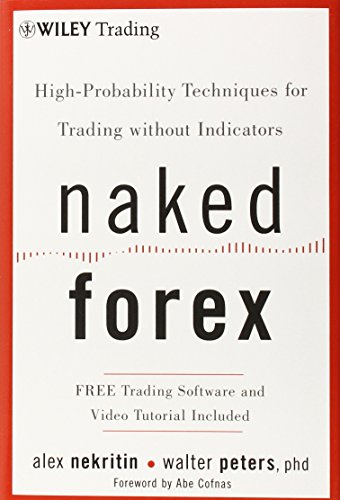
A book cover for Naked Forex: High-Probability Techniques for Trading Without Indicators; Alex Nekritin; Business & Money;